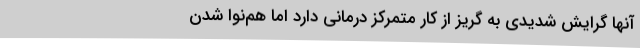
آنها گرایش شدیدی به گریز از کار متمرکز درمانی دارد اما هم‌نوا شدن